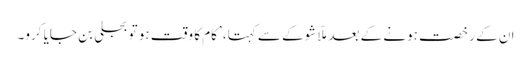
ان کے رخصت ہونے کے بعد ملّا شوکے سے کہتا، ’کام کا وقت ہو تو بجلی بن جایا کرو۔